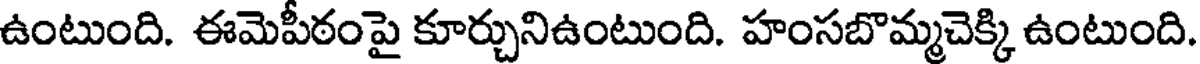
ఉంటుంది. ఈమెపీఠంపై కూర్చునిఉంటుంది. హంసబొమ్మచెక్కి ఉంటుంది.